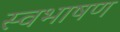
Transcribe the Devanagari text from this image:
स्वभाषण